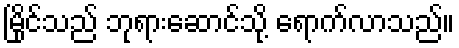
မြိုင်သည် ဘုရားဆောင်သို့ ရောက်လာသည်။